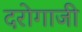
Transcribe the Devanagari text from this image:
दरोगाजी